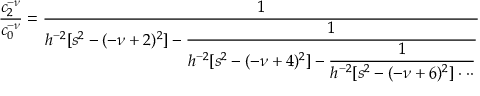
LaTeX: \frac { c _ { 2 } ^ { - \nu } } { c _ { 0 } ^ { - \nu } } = \frac { 1 } { \displaystyle h ^ { - 2 } [ s ^ { 2 } - ( - \nu + 2 ) ^ { 2 } ] - \frac { 1 } { \displaystyle h ^ { - 2 } [ s ^ { 2 } - ( - \nu + 4 ) ^ { 2 } ] - \frac { 1 } { \displaystyle h ^ { - 2 } [ s ^ { 2 } - ( - \nu + 6 ) ^ { 2 } ] \cdot \cdot \cdot } } }